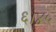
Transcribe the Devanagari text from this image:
६।४५